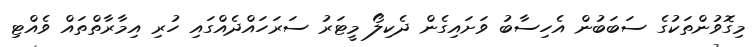
މިގޮވުންތަކުގެ ސަބަބުން އެހިސާބު ވަށައިގެން ދެކިލޯ މީޓަރު ސަރަހައްދެއްގައި ހުރި އިމާރާތްތައް ވެއްޓި